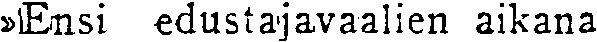
»Ensi edustajavaalien aikana